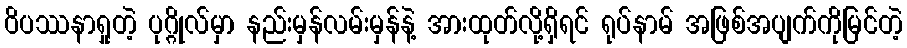
ဝိပဿနာရှုတဲ့ ပုဂ္ဂိုလ်မှာ နည်းမှန်လမ်းမှန်နဲ့ အားထုတ်လို့ရှိရင် ရုပ်နာမ် အဖြစ်အပျက်ကိုမြင်တဲ့